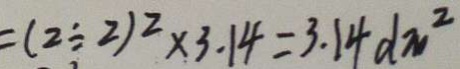
= ( 2 \div 2 ) ^ { 2 } \times 3 . 1 4 = 3 . 1 4 d m ^ { 2 }